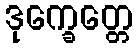
ဒုက္ခေတ္တေ